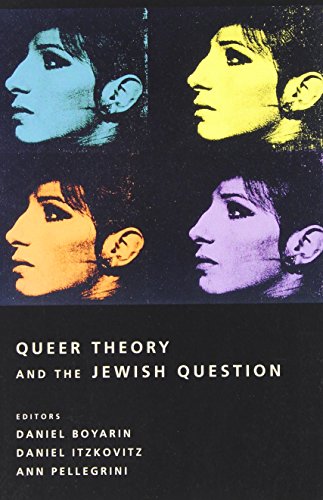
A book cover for Queer Theory and the Jewish Question (Between Men-Between Women: Lesbian and Gay Studies); Gay & Lesbian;